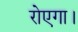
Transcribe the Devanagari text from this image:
रोएगा।